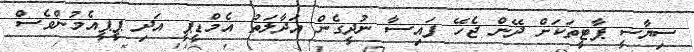
ސިޔާސީ ޕާޓީތަކަށް ދޭން ޖެހޭ ފައިސާ ނުދީގެން އަދާލަތު އެމްޑީޕީ އަދި ޕީޕީއެމުންވެސް